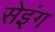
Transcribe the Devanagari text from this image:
सेइंग